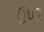
ઉપ૨